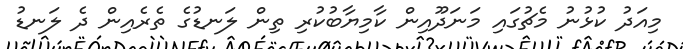
މިއަދު ކުޅުނު މެޗުގައި މަނަދޫއިން ކާމިޔާބުކުރި ތިން ލަނޑުގެ ތެރެއިން ދެ ލަނޑު